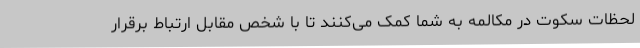
لحظات سکوت در مکالمه به شما کمک می‌کنند تا با شخص مقابل ارتباط برقرار